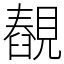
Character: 䚎